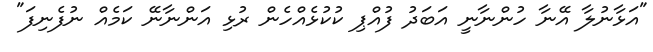
"އަޅާނުލާ އޭނާ ހުންނާނީ އަބަދު ފުއްޕި ކުކުޅެއްހެން ރުޅި އަންނާނޭ ކަމެއް ނުފެނިފަ"